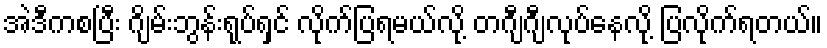
အဲဒီကစပြီး ဂျိမ်းဘွန်းရုပ်ရှင် လိုက်ပြရမယ်လို့ တဂျီဂျီလုပ်နေလို့ ပြလိုက်ရတယ်။